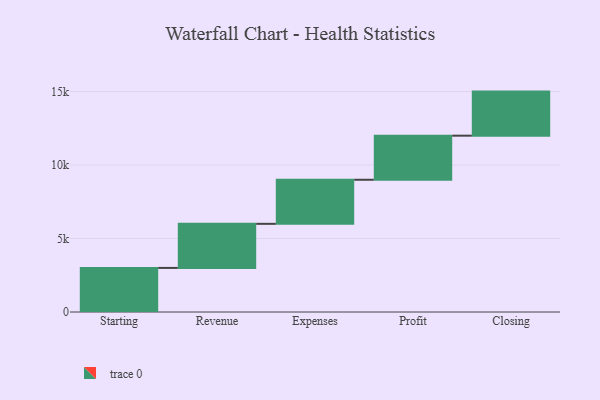
{"axis": {"x": "Step", "y": "Value"}, "legend": [""], "data": [{"x": "Starting", "y": 3000, "type": ""}, {"x": "Revenue", "y": 3000, "type": ""}, {"x": "Expenses", "y": 3000, "type": ""}, {"x": "Profit", "y": 3000, "type": ""}, {"x": "Closing", "y": 3000, "type": ""}]}